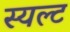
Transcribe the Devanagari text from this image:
स्यल्ट